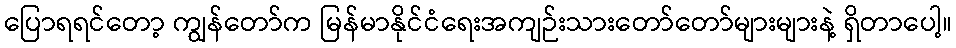
ပြောရရင်တော့ ကျွန်တော်က မြန်မာနိုင်ငံရေးအကျဉ်းသားတော်တော်များများနဲ့ ရှိတာပေါ့။